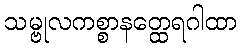
သမ္ဗုလကစ္စာနတ္ထေရဂါထာ